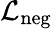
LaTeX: \mathcal{L}_{\mathrm{{neg}}}